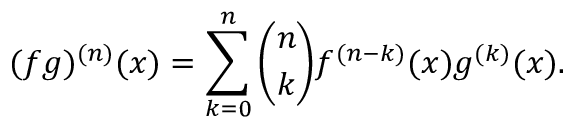
( f g ) ^ { ( n ) } ( x ) = \sum _ { k = 0 } ^ { n } { \binom { n } { k } } f ^ { ( n - k ) } ( x ) g ^ { ( k ) } ( x ) .